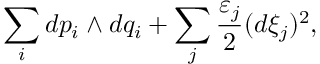
\sum _ { i } d p _ { i } \wedge d q _ { i } + \sum _ { j } { \frac { \varepsilon _ { j } } { 2 } } ( d \xi _ { j } ) ^ { 2 } ,